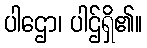
ပါဌော၊ ပါဌ်ရှိ၏။